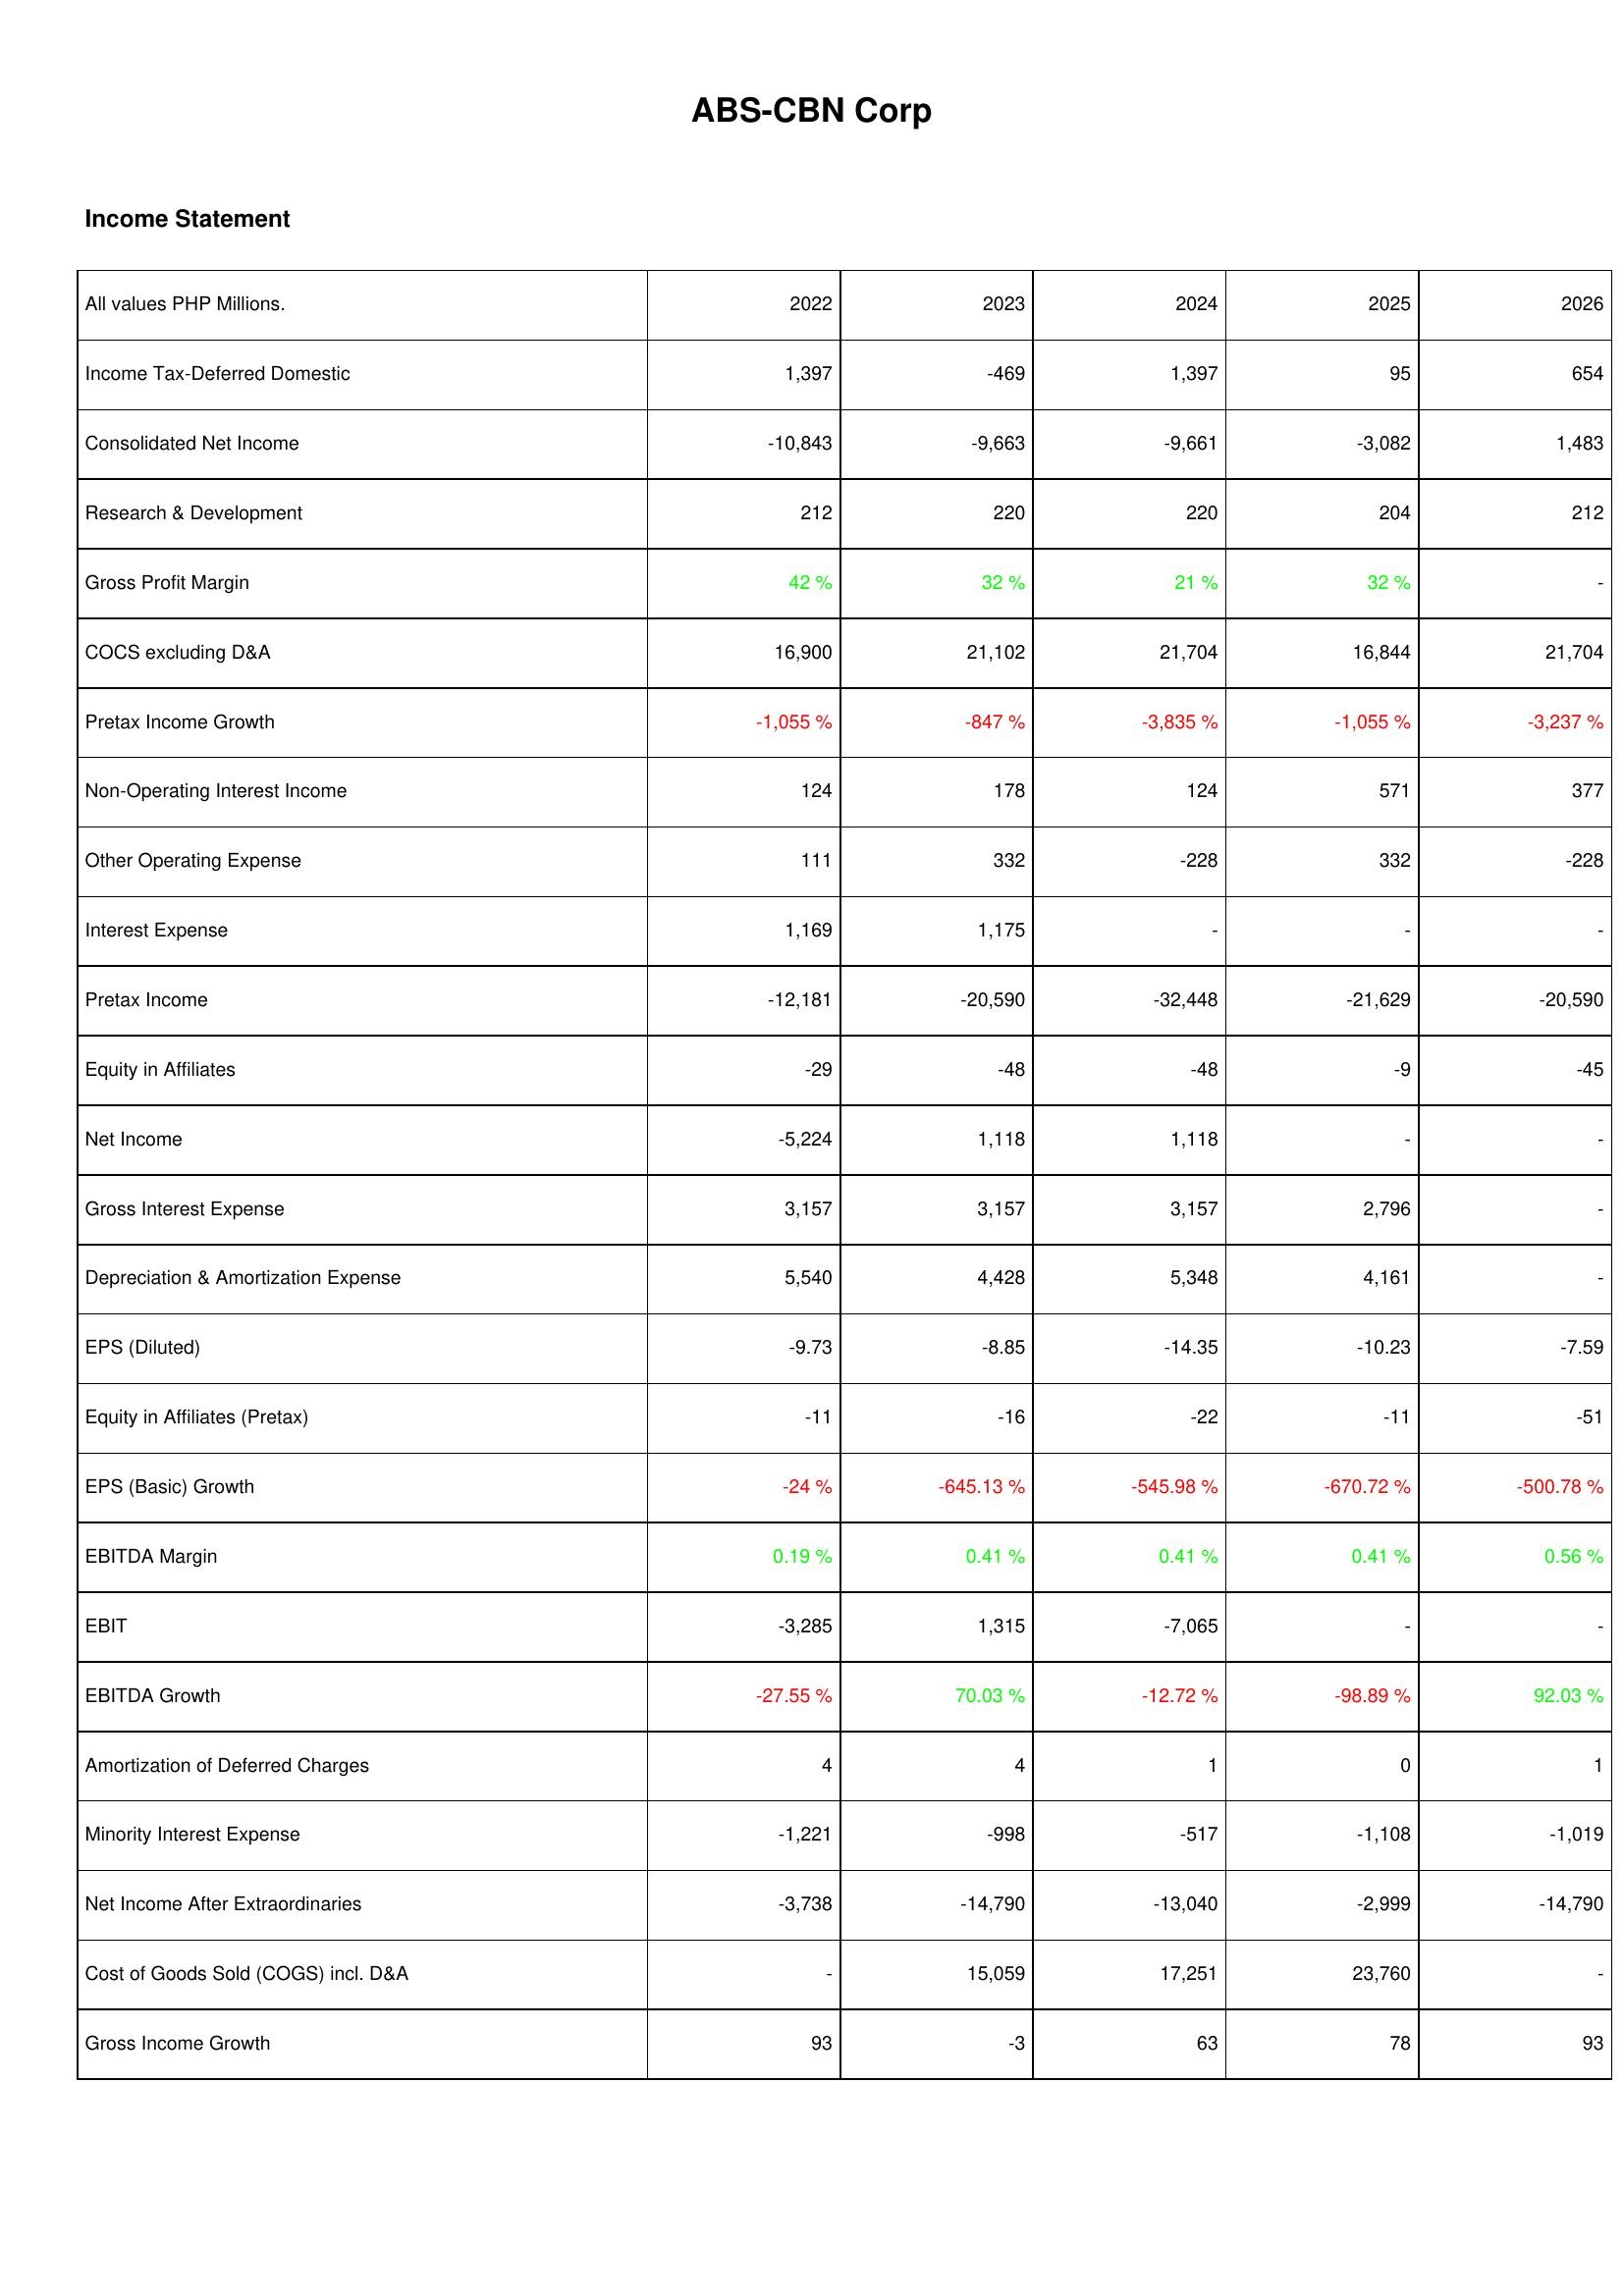
2022: Income Statement: Income Tax-Deferred Domestic: 1,397
Consolidated Net Income: -10,843
Research & Development: 212
Gross Profit Margin: 42 %
COCS excluding D&A: 16,900
Pretax Income Growth: -1,055 %
Non-Operating Interest Income: 124
Other Operating Expense: 111
Interest Expense: 1,169
Pretax Income: -12,181
Equity in Affiliates: -29
Net Income: -5,224
Gross Interest Expense: 3,157
Depreciation & Amortization Expense: 5,540
EPS (Diluted): -9.73
Equity in Affiliates (Pretax): -11
EPS (Basic) Growth: -24 %
EBITDA Margin: 0.19 %
EBIT: -3,285
EBITDA Growth: -27.55 %
Amortization of Deferred Charges: 4
Minority Interest Expense: -1,221
Net Income After Extraordinaries: -3,738
Cost of Goods Sold (COGS) incl. D&A: -
Gross Income Growth: 93
2023: Income Statement: Income Tax-Deferred Domestic: -469
Consolidated Net Income: -9,663
Research & Development: 220
Gross Profit Margin: 32 %
COCS excluding D&A: 21,102
Pretax Income Growth: -847 %
Non-Operating Interest Income: 178
Other Operating Expense: 332
Interest Expense: 1,175
Pretax Income: -20,590
Equity in Affiliates: -48
Net Income: 1,118
Gross Interest Expense: 3,157
Depreciation & Amortization Expense: 4,428
EPS (Diluted): -8.85
Equity in Affiliates (Pretax): -16
EPS (Basic) Growth: -645.13 %
EBITDA Margin: 0.41 %
EBIT: 1,315
EBITDA Growth: 70.03 %
Amortization of Deferred Charges: 4
Minority Interest Expense: -998
Net Income After Extraordinaries: -14,790
Cost of Goods Sold (COGS) incl. D&A: 15,059
Gross Income Growth: -3
2024: Income Statement: Income Tax-Deferred Domestic: 1,397
Consolidated Net Income: -9,661
Research & Development: 220
Gross Profit Margin: 21 %
COCS excluding D&A: 21,704
Pretax Income Growth: -3,835 %
Non-Operating Interest Income: 124
Other Operating Expense: -228
Interest Expense: -
Pretax Income: -32,448
Equity in Affiliates: -48
Net Income: 1,118
Gross Interest Expense: 3,157
Depreciation & Amortization Expense: 5,348
EPS (Diluted): -14.35
Equity in Affiliates (Pretax): -22
EPS (Basic) Growth: -545.98 %
EBITDA Margin: 0.41 %
EBIT: -7,065
EBITDA Growth: -12.72 %
Amortization of Deferred Charges: 1
Minority Interest Expense: -517
Net Income After Extraordinaries: -13,040
Cost of Goods Sold (COGS) incl. D&A: 17,251
Gross Income Growth: 63
2025: Income Statement: Income Tax-Deferred Domestic: 95
Consolidated Net Income: -3,082
Research & Development: 204
Gross Profit Margin: 32 %
COCS excluding D&A: 16,844
Pretax Income Growth: -1,055 %
Non-Operating Interest Income: 571
Other Operating Expense: 332
Interest Expense: -
Pretax Income: -21,629
Equity in Affiliates: -9
Net Income: -
Gross Interest Expense: 2,796
Depreciation & Amortization Expense: 4,161
EPS (Diluted): -10.23
Equity in Affiliates (Pretax): -11
EPS (Basic) Growth: -670.72 %
EBITDA Margin: 0.41 %
EBIT: -
EBITDA Growth: -98.89 %
Amortization of Deferred Charges: 0
Minority Interest Expense: -1,108
Net Income After Extraordinaries: -2,999
Cost of Goods Sold (COGS) incl. D&A: 23,760
Gross Income Growth: 78
2026: Income Statement: Income Tax-Deferred Domestic: 654
Consolidated Net Income: 1,483
Research & Development: 212
Gross Profit Margin: -
COCS excluding D&A: 21,704
Pretax Income Growth: -3,237 %
Non-Operating Interest Income: 377
Other Operating Expense: -228
Interest Expense: -
Pretax Income: -20,590
Equity in Affiliates: -45
Net Income: -
Gross Interest Expense: -
Depreciation & Amortization Expense: -
EPS (Diluted): -7.59
Equity in Affiliates (Pretax): -51
EPS (Basic) Growth: -500.78 %
EBITDA Margin: 0.56 %
EBIT: -
EBITDA Growth: 92.03 %
Amortization of Deferred Charges: 1
Minority Interest Expense: -1,019
Net Income After Extraordinaries: -14,790
Cost of Goods Sold (COGS) incl. D&A: -
Gross Income Growth: 93